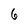
Character: 6